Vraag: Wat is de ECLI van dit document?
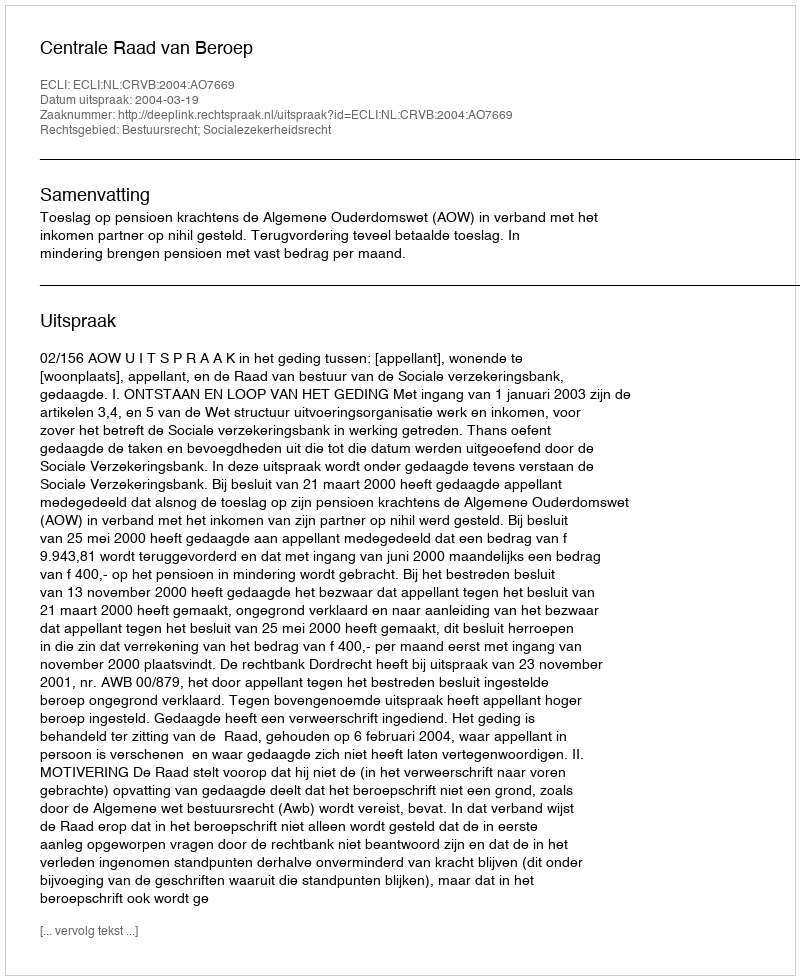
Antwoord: ECLI:NL:CRVB:2004:AO7669